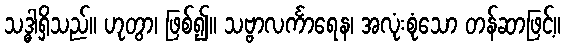
သဒ္ဓါရှိသည်။ ဟုတွာ၊ ဖြစ်၍။ သဗ္ဗာလင်္ကာရေန၊ အလုံးစုံသော တန်ဆာဖြင့်။